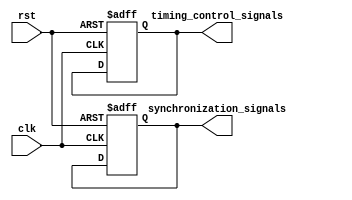
module frequency_synthesizer (
    input clk, // input clock signal
    input rst, // reset signal
    output reg timing_control_signals, // control signals for timing control block
    output reg synchronization_signals // signals for synchronization blocks
);

    // Timing control block
    always @(posedge clk or posedge rst) begin
        if (rst) begin
            timing_control_signals <= 0;
        end else begin
            // logic for generating timing control signals
            // based on input clock frequency and desired output frequencies
        end
    end

    // Synchronization block
    always @(posedge clk or posedge rst) begin
        if (rst) begin
            synchronization_signals <= 0;
        end else begin
            // logic for ensuring synchronization of generated clock signals
            // and preventing timing issues or skew
        end
    end

endmodule